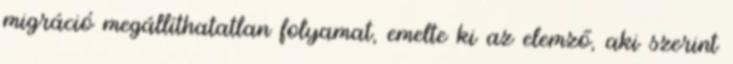
migráció megállíthatatlan folyamat, emelte ki az elemző, aki szerint